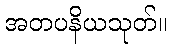
အတပနိယသုတ်။